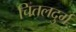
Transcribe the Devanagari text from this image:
चितलदुर्ग